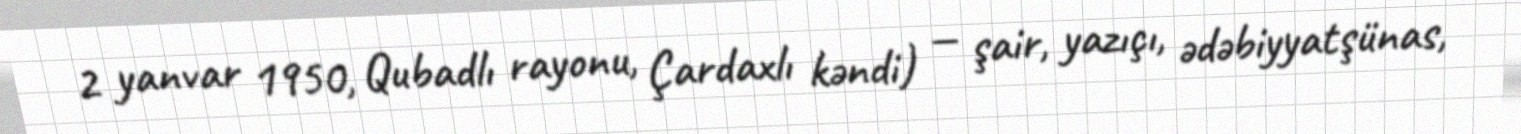
2 yanvar 1950, Qubadlı rayonu, Çardaxlı kəndi) — şair, yazıçı, ədəbiyyatşünas,